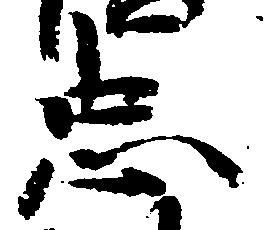
忠